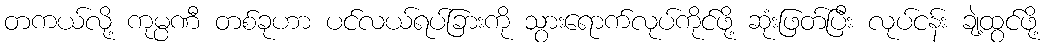
တကယ်လို့ ကုမ္ပဏီ တစ်ခုဟာ ပင်လယ်ရပ်ခြားကို သွားရောက်လုပ်ကိုင်ဖို့ ဆုံးဖြတ်ပြီး လုပ်ငန်း ချဲ့ထွင်ဖို့